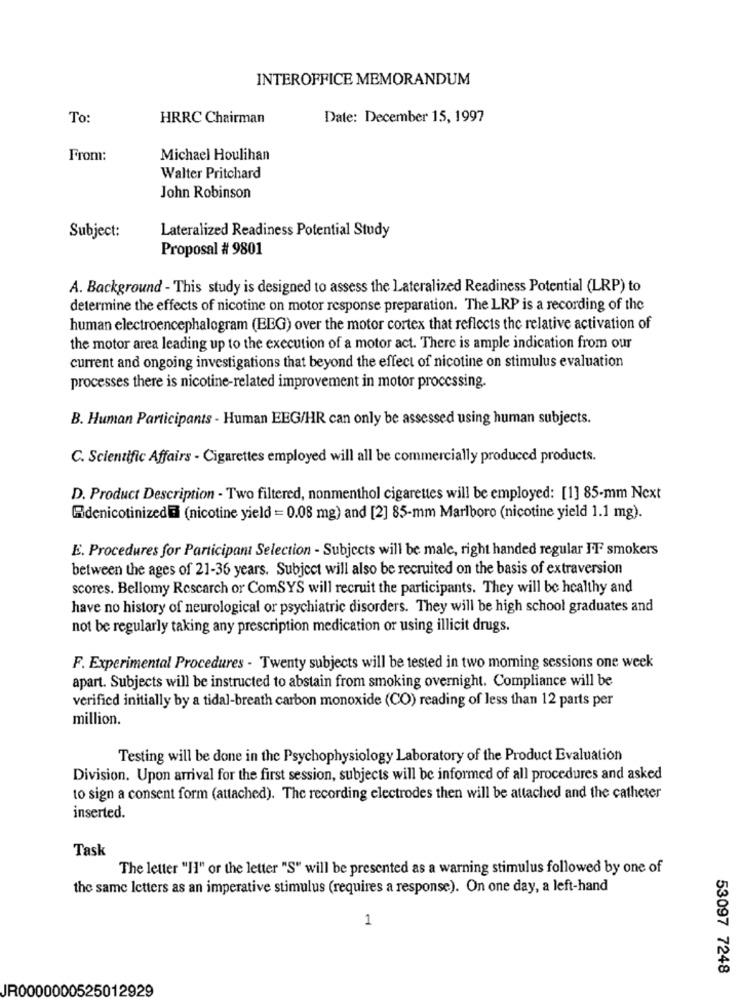
INTEROFFICE MEMORANDUM
To:
HRRC Chairman
Date: December 15, 1997
From:
Michael Houlihan
Walter Pritchard
John Robinson
Subject:
Lateralized Readiness Potential Study
Proposal # 9801
A. Background - This study is designed to assess the Lateralized Readiness Potential (LRP) to
determine the effects of nicotine on motor response preparation. The LRP is a recording of the
human electroencephalogram (EEG) over the motor cortex that reflects the relative activation of
the motor area leading up to the execution of a motor act. There is ample indication from our
current and ongoing investigations that beyond the effect of nicotine on stimulus evaluation
processes there is nicotine-related improvement in motor processing.
B. Human Participants - Human EEG/HR can only be assessed using human subjects.
C. Scientific Affairs - Cigarettes employed will all be commercially produced products.
D. Product Description - Two filtered, nonmenthol cigarettes will be employed: [1] 85-mm Next
Ridenicotinized@ (nicotine yield = 0.08 mg) and [2] 85-mm Marlboro (nicotine yield 1.1 mg).
E. Procedures for Participant Selection - Subjects will be male, right handed regular FF smokers
between the ages of 21-36 years. Subject will also be recruited on the basis of extraversion
scores. Bellomy Rescarch or ComSYS will recruit the participants. They will be healthy and
have no history of neurological or psychiatric disorders. They will be high school graduates and
not be regularly taking any prescription medication or using illicit drugs.
F. Experimental Procedures - Twenty subjects will be tested in two morning sessions one week
apart. Subjects will be instructed to abstain from smoking overnight. Compliance will be
verified initially by a tidal-breath carbon monoxide (CO) reading of less than 12 parts per
million.
Testing will be done in the Psychophysiology Laboratory of the Product Evaluation
Division. Upon arrival for the first session, subjects will be informed of all procedures and asked
to sign a consent form (attached). The recording electrodes then will be attached and the catheter
inserted.
Task
The letter "II" or the letter "S" will be presented as a warning stimulus followed by one of
the same letters as an imperative stimulus (requires a response). On one day, a left-hand
1
53097 7248
JR0000000525012929